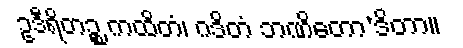
ဥဒီရိတဉ္စ ကထိတံ၊ ဂဒိတံ ဘဏိတော’ဒိတာ။